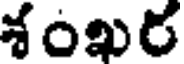
శంఖర